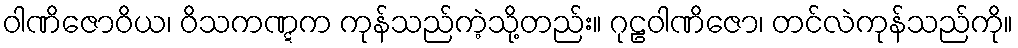
ဝါဏိဇောဝိယ၊ ဝိသကဏ္ဋက ကုန်သည်ကဲ့သို့တည်း။ ဂုဠဝါဏိဇော၊ တင်လဲကုန်သည်ကို။